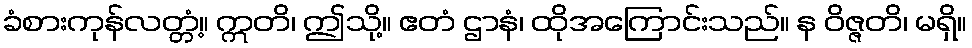
ခံစားကုန်လတ္တံ့။ ဣတိ၊ ဤသို့။ ဧတံ ဌာနံ၊ ထိုအကြောင်းသည်။ န ဝိဇ္ဇတိ၊ မရှိ။